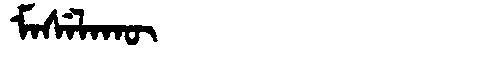
Manchu: ᠮᠠᠰᡝᠯᠠᡴᡡ
Romanization: MASELAKŪ